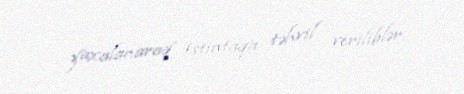
yaxalanaraq istintaqa təhvil veriliblər.